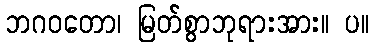
ဘဂဝတော၊ မြတ်စွာဘုရားအား။ ပ။